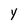
Character: Y